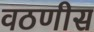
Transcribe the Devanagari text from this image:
वठणीस